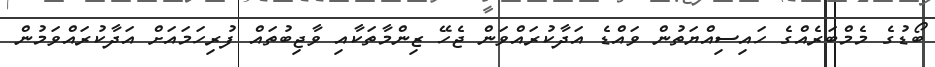
ބޯޑުގެ މެމްބަރެއްގެ ހައިސިއްޔަތުން ވައްޑެ އަދާކުރައްވަން ޖެހޭ ޒިންމާތަކާއި ވާޖިބުތައް ފުރިހަމައަށް އަދާކުރައްވަމުން